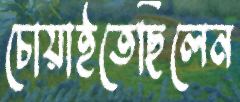
চোয়াইতেছিলেন